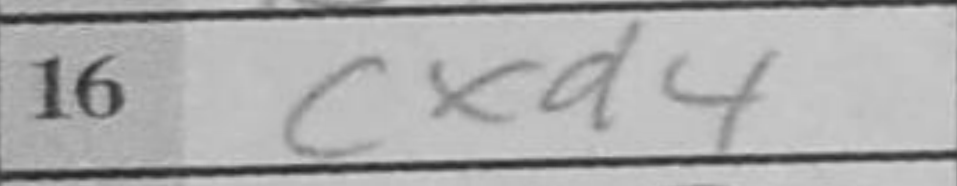
Transcription: cxd4